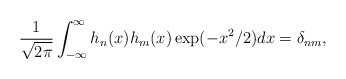
\begin{align*}\frac{1}{\sqrt{2\pi }}\int_{-\infty }^{\infty }h_{n}(x)h_{m}(x)\exp(-x^{2}/2)dx=\delta _{nm}, \end{align*}